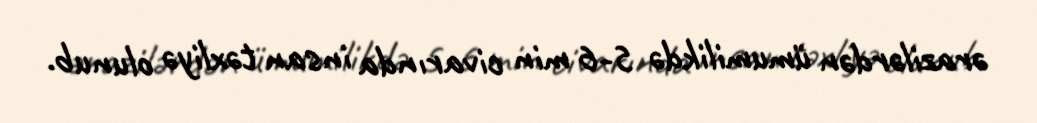
ərazilərdən ümumilikdə 5-6 min civarında insan təxliyə olunub.